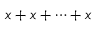
x + x + \cdots + x